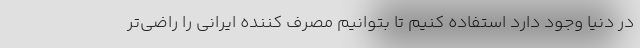
در دنیا وجود دارد استفاده کنیم تا بتوانیم مصرف کننده ایرانی را راضی‌تر